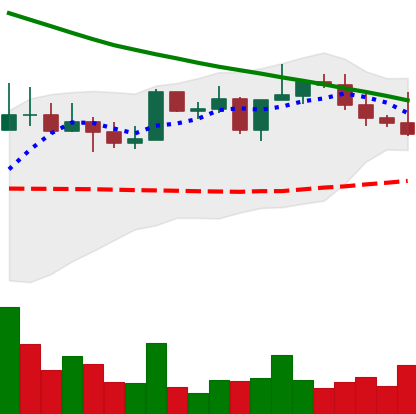
Ticker: NEO-USD
Chart end date: 2022-08-17
Forward return: -11.406%
Label: down_7plus